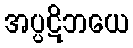
အပ္ပဋိဘယေ